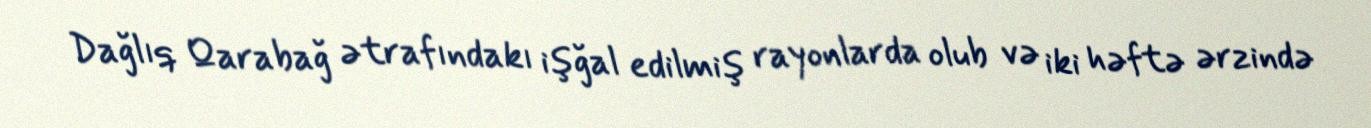
Dağlıq Qarabağ ətrafındakı işğal edilmiş rayonlarda olub və iki həftə ərzində